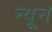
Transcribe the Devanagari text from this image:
न्‍यून